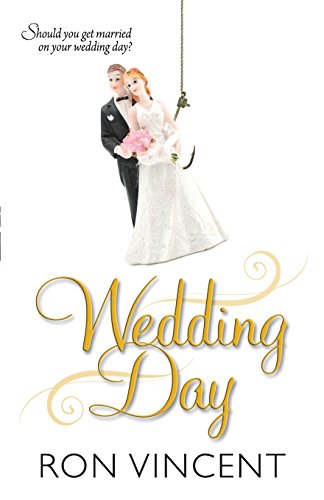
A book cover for Wedding Day; Ron Vincent; Romance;